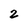
Character: 2